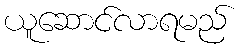
ယူဆောင်လာရမည်